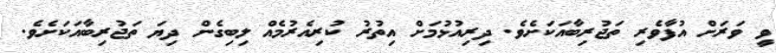
ވީ ވަރަށް އުފާވެރި ތަޖުރިބާއަކަށެވެ. ދިރިއުޅުމަށް އިތުރު ކުރިއެރުމެއް ލިބިގެން ދިޔަ ތަޖުރިބާއަކަށެވެ.